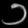
Digit: ၁